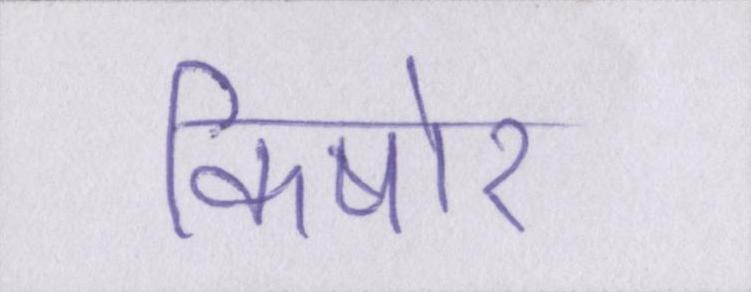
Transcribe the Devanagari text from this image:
किषोर